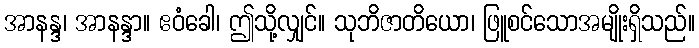
အာနန္ဒ၊ အာနန္ဒာ။ ဧဝံခေါ၊ ဤသို့လျှင်။ သုဘိဇာတိယော၊ ဖြူစင်သောအမျိုးရှိသည်။